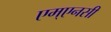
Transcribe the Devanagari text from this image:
एम्एनसी